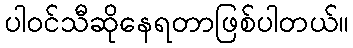
ပါဝင်သီဆိုနေရတာဖြစ်ပါတယ်။